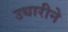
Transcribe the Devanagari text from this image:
उधारीने